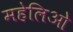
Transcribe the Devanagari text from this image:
महेलिओ